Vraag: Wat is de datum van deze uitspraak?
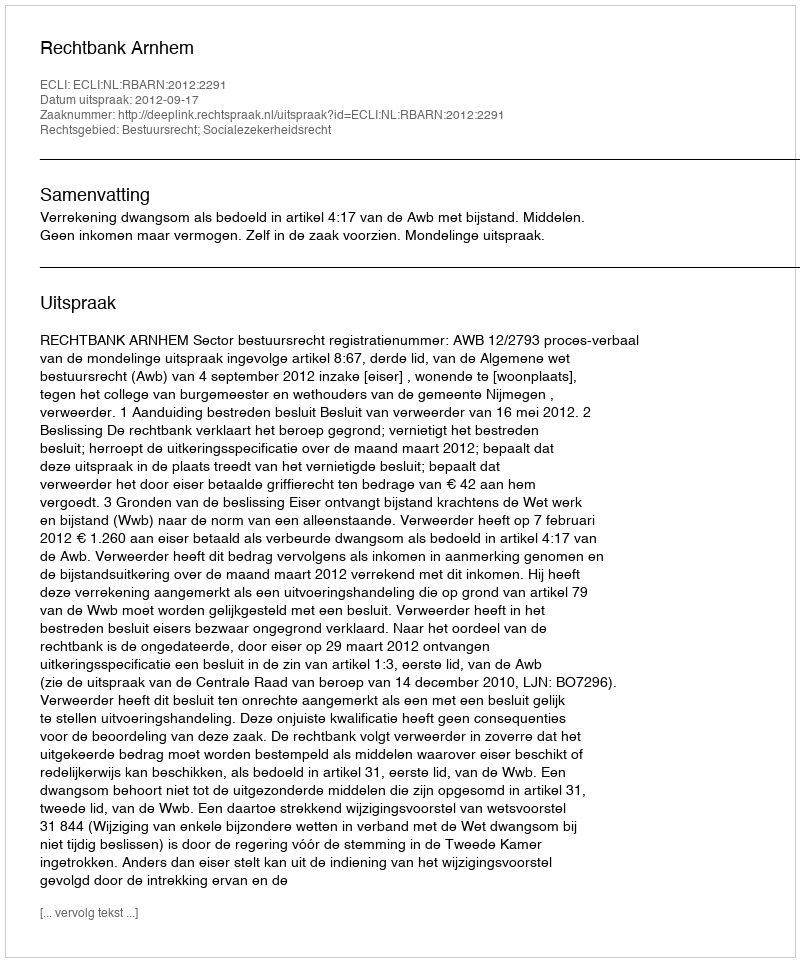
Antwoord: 2012-09-17